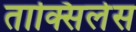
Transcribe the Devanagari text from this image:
ताक्सिलेस